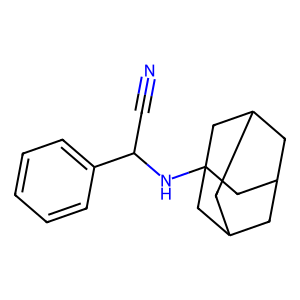
SMILES: N#CC(NC12CC3CC(CC(C3)C1)C2)c1ccccc1
Inhibits HIV replication: No